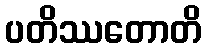
ပတိဿတောတိ